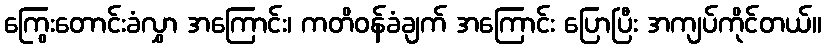
ကြွေးတောင်းခံလွှာ အကြောင်း၊ ကတိဝန်ခံချက် အကြောင်း ပြောပြီး အကျပ်ကိုင်တယ်။